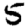
Digit: 5